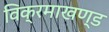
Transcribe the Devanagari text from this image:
विक्रमाखण्ड